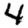
Digit: 4